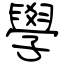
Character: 學